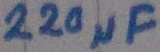
Text: 220µF